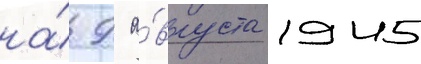
на́ 9 а́вгуста 1945